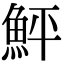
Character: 鮃